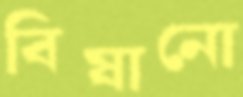
বিষানো